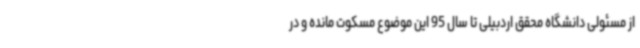
از مسئولی دانشگاه محقق اردبیلی تا سال 95 این موضوع مسکوت مانده و در